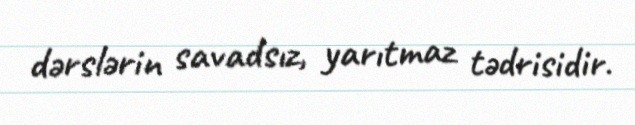
dərslərin savadsız, yarıtmaz tədrisidir.